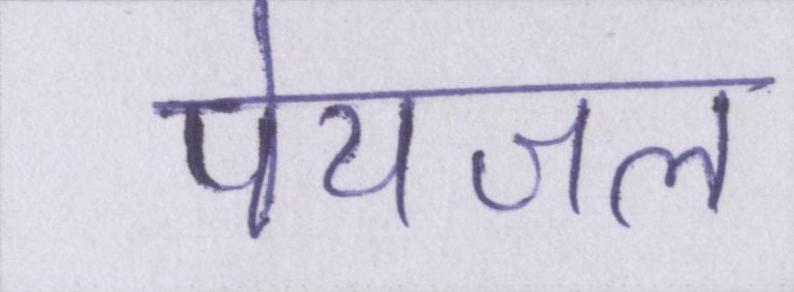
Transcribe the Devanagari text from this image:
पेयजल